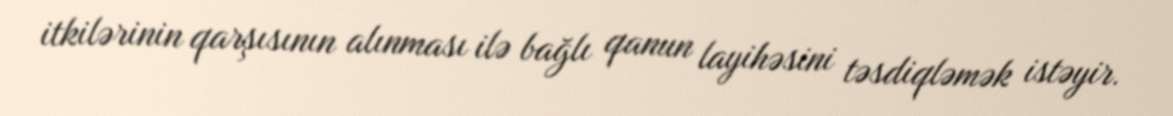
itkilərinin qarşısının alınması ilə bağlı qanun layihəsini təsdiqləmək istəyir.